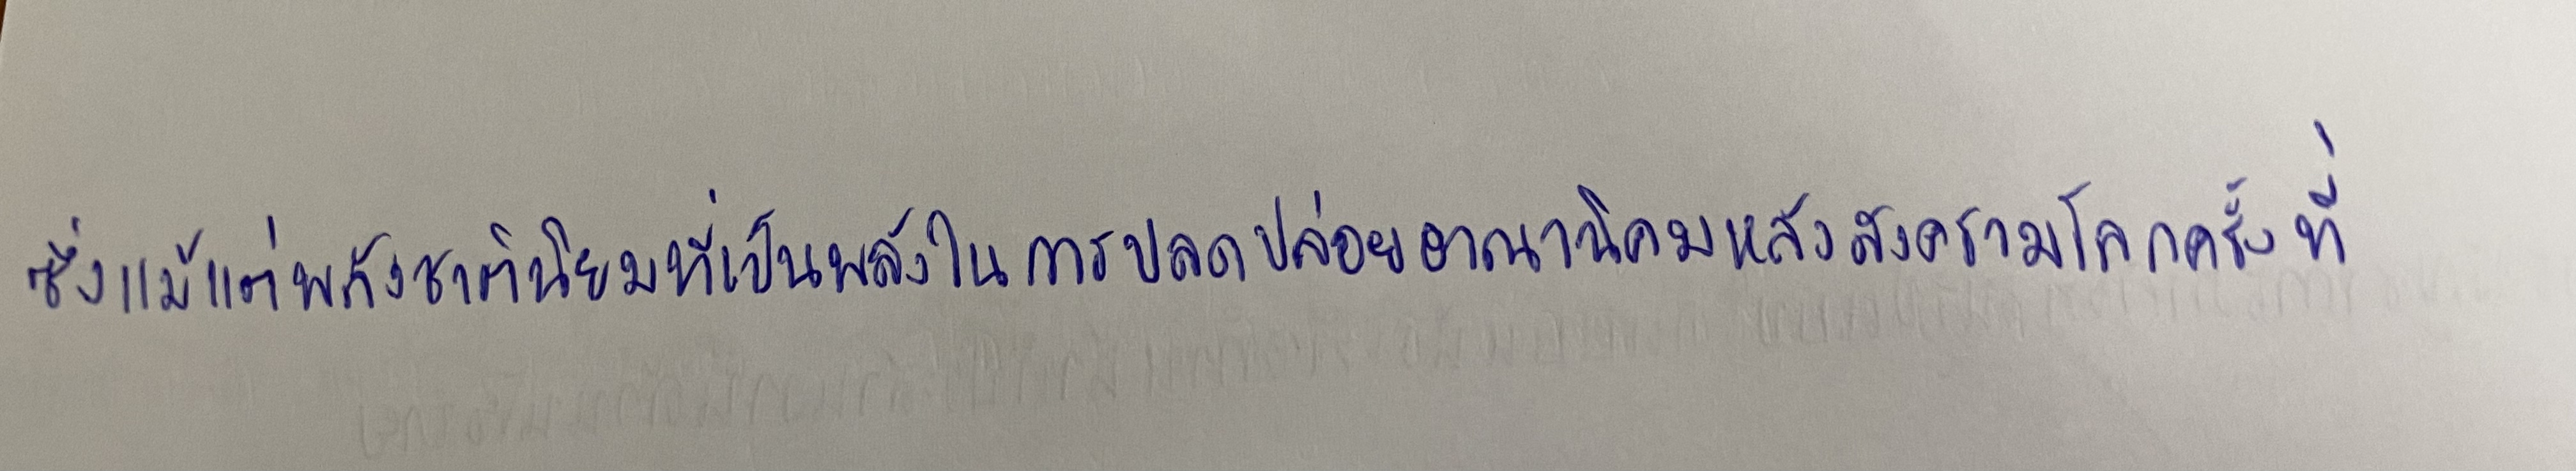
ซึ่งแม้แต่พลังชาตินิยมที่เป็นพลังในการปลดปล่อยอาณานิคมหลังสงครามโลกครั้งที่